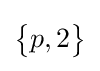
{\begin{Bmatrix}p,2\end{Bmatrix}}